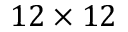
1 2 \times 1 2